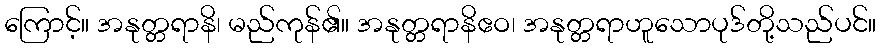
ကြောင့်။ အနုတ္တရာနိ၊ မည်ကုန်၏။ အနုတ္တရာနိဧဝ၊ အနုတ္တရာဟူသောပုဒ်တို့သည်ပင်။